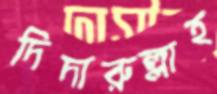
দিদারুল্লাহ